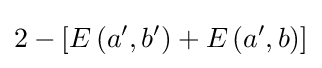
2-\left[E\left(a',b'\right)+E\left(a',b\right)\right]